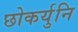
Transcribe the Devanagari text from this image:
छोकर्युनि